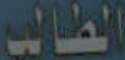
الطالب